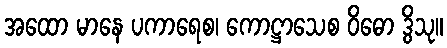
အထော မာနေ ပကာရေစ၊ ကောဋ္ဌာသေစ ဝိဓော ဒွိသု။